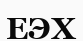
ЕЭХ